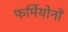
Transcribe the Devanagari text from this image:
फर्मियोनों